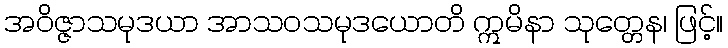
အဝိဇ္ဇာသမုဒယာ အာသဝသမုဒယောတိ ဣမိနာ သုတ္တေန၊ ဖြင့်။